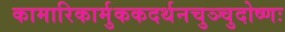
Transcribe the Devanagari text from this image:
कामारिकार्मुककदर्थनचुञ्चुदोष्णः